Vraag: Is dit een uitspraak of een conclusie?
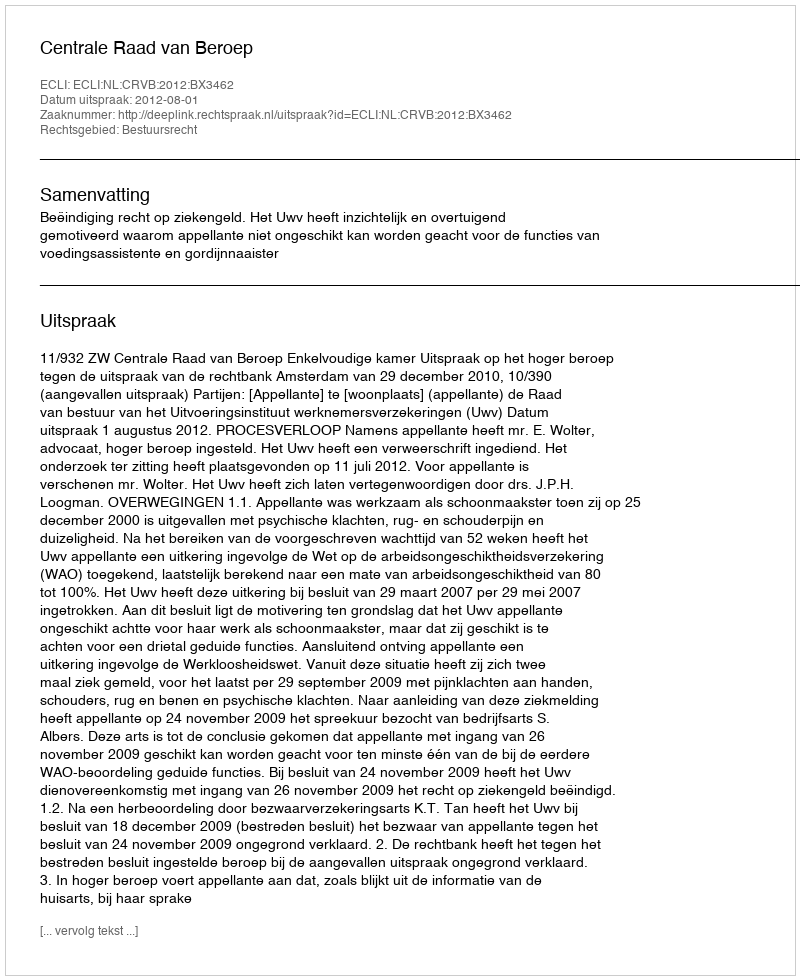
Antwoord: Uitspraak